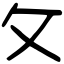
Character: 攵